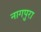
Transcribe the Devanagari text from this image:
नागपुरा